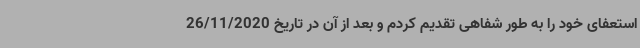
استعفای خود را به طور شفاهی تقدیم کردم و بعد از آن در تاریخ 26/11/2020